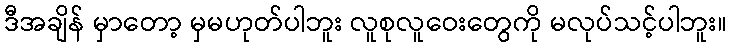
ဒီအချိန် မှာတော့ မှမဟုတ်ပါဘူး လူစုလူဝေးတွေကို မလုပ်သင့်ပါဘူး။